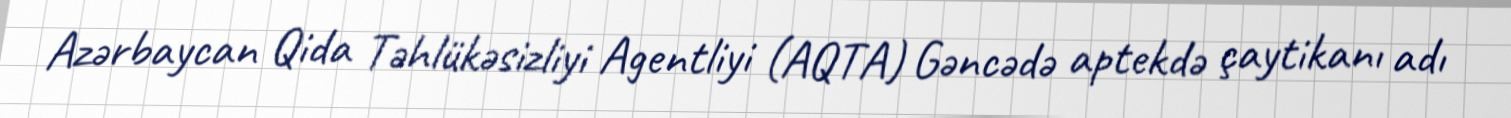
Azərbaycan Qida Təhlükəsizliyi Agentliyi (AQTA) Gəncədə aptekdə çaytikanı adı